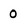
Character: 0